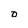
Character: D